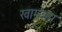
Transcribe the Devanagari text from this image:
खाम्जंग